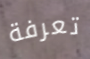
تعرفة